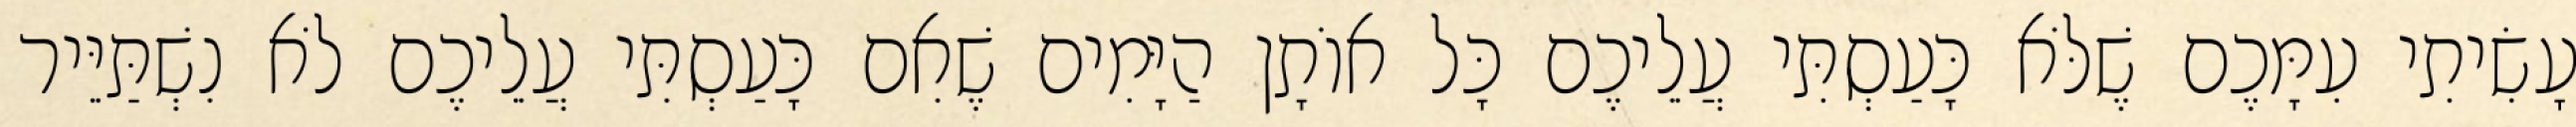
עָשִׂיתִי עִמָּכֶם שֶׁלֹּא כָּעַסְתִּי עֲלֵיכֶם כָּל אוֹתָן הַיָּמִים שֶׁאִם כָּעַסְתִּי עֲלֵיכֶם לֹא נִשְׁתַּיֵּיר